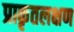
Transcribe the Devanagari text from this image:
प्राकृतलक्षण